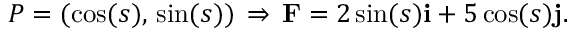
P = ( \cos ( s ) , \, \sin ( s ) ) \, \Rightarrow \, \mathbf { F } = 2 \sin ( s ) \mathbf { i } + 5 \cos ( s ) \mathbf { j } .